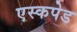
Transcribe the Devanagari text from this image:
एस्कपेड